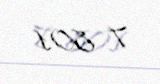
7 801